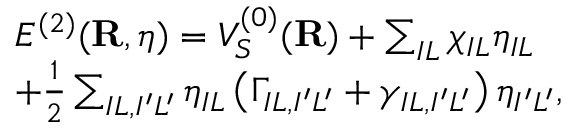
\begin{array} { r l } & { E ^ { ( 2 ) } ( { \bf R } , { \boldsymbol \eta } ) = V _ { S } ^ { { ( 0 ) } } ( { \bf R } ) + \sum _ { I L } \chi _ { I L } \eta _ { I L } } \\ & { + \frac { 1 } { 2 } \sum _ { I L , I ^ { \prime } L ^ { \prime } } \eta _ { I L } \left( \Gamma _ { I L , I ^ { \prime } L ^ { \prime } } + \gamma _ { I L , I ^ { \prime } L ^ { \prime } } \right) \eta _ { I ^ { \prime } L ^ { \prime } } , } \end{array}